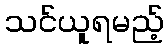
သင်ယူရမည့်